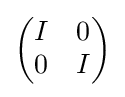
{\begin{pmatrix}I&0\\0&I\end{pmatrix}}